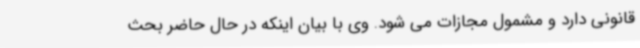
قانونی دارد و مشمول مجازات می شود. وی با بیان اینکه در حال حاضر بحث